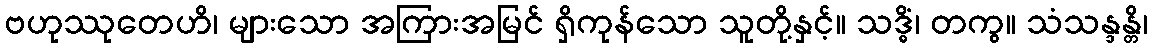
ဗဟုဿုတေဟိ၊ များသော အကြားအမြင် ရှိကုန်သော သူတို့နှင့်။ သဒ္ဓိံ၊ တကွ။ သံသန္ဒန္တိ၊